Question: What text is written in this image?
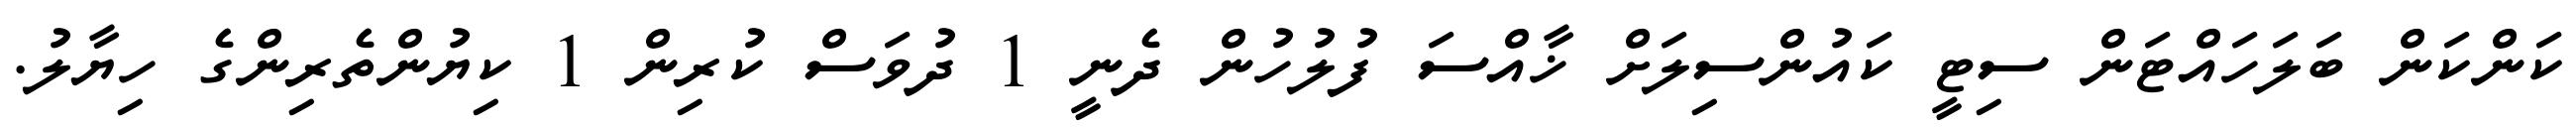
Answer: ކަންކަން ބަލަހައްޓަން ސިޓީ ކައުންސިލަށް ޚާއްސަ ފުލުހުން ދެނީ 1 ދުވަސް ކުރިން 1 ކިޔުންތެރިންގެ ހިޔާލު.